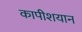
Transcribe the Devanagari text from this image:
कापीशयान